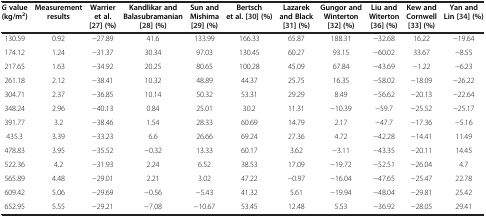
<table><thead><tr><td><b><i>G </i>value (kg/m<sup>2</sup>)</b></td><td><b>Measurement results</b></td><td><b>Warrier et al.[27](%)</b></td><td><b>Kandlikar and Balasubramanian[28](%)</b></td><td><b>Sun and Mishima[29](%)</b></td><td><b>Bertsch et al.[30](%)</b></td><td><b>Lazarek and Black[31](%)</b></td><td><b>Gungor and Winterton[32](%)</b></td><td><b>Liu and Witerton[36](%)</b></td><td><b>Kew and Cornwell[33](%)</b></td><td><b>Yan and Lin[34](%)</b></td></tr></thead><tbody><tr><td>130.59</td><td>0.92</td><td>−27.89</td><td>41.6</td><td>133.99</td><td>166.33</td><td>65.87</td><td>188.31</td><td>−32.68</td><td>16.22</td><td>−19.64</td></tr><tr><td>174.12</td><td>1.24</td><td>−31.37</td><td>30.34</td><td>97.03</td><td>130.45</td><td>60.27</td><td>93.15</td><td>−60.02</td><td>33.67</td><td>−8.55</td></tr><tr><td>217.65</td><td>1.63</td><td>−34.92</td><td>20.25</td><td>80.65</td><td>100.28</td><td>45.09</td><td>67.84</td><td>−43.69</td><td>−1.22</td><td>−6.23</td></tr><tr><td>261.18</td><td>2.12</td><td>−38.41</td><td>10.32</td><td>48.89</td><td>44.37</td><td>25.75</td><td>16.35</td><td>−58.02</td><td>−18.09</td><td>−26.22</td></tr><tr><td>304.71</td><td>2.37</td><td>−36.85</td><td>10.14</td><td>50.32</td><td>53.31</td><td>29.29</td><td>8.49</td><td>−56.62</td><td>−20.13</td><td>−22.64</td></tr><tr><td>348.24</td><td>2.96</td><td>−40.13</td><td>0.84</td><td>25.01</td><td>30.2</td><td>11.31</td><td>−10.39</td><td>−59.7</td><td>−25.52</td><td>−25.17</td></tr><tr><td>391.77</td><td>3.2</td><td>−38.46</td><td>1.54</td><td>28.33</td><td>60.69</td><td>14.79</td><td>2.17</td><td>−47.7</td><td>−17.36</td><td>−5.16</td></tr><tr><td>435.3</td><td>3.39</td><td>−33.23</td><td>6.6</td><td>26.66</td><td>69.24</td><td>27.36</td><td>4.72</td><td>−42.28</td><td>−14.41</td><td>11.49</td></tr><tr><td>478.83</td><td>3.95</td><td>−35.52</td><td>−0.32</td><td>13.33</td><td>60.17</td><td>3.62</td><td>−3.11</td><td>−43.35</td><td>−20.11</td><td>14.45</td></tr><tr><td>522.36</td><td>4.2</td><td>−31.93</td><td>2.24</td><td>6.52</td><td>38.53</td><td>17.09</td><td>−19.72</td><td>−52.51</td><td>−26.04</td><td>4.7</td></tr><tr><td>565.89</td><td>4.48</td><td>−29.01</td><td>2.21</td><td>3.02</td><td>47.22</td><td>−0.97</td><td>−16.04</td><td>−47.65</td><td>−25.47</td><td>22.78</td></tr><tr><td>609.42</td><td>5.06</td><td>−29.69</td><td>−0.56</td><td>−5.43</td><td>41.32</td><td>5.61</td><td>−19.94</td><td>−48.04</td><td>−29.81</td><td>25.42</td></tr><tr><td>652.95</td><td>5.55</td><td>−29.21</td><td>−7.08</td><td>−10.67</td><td>53.45</td><td>12.48</td><td>5.53</td><td>−36.92</td><td>−28.05</td><td>29.41</td></tr></tbody></table>